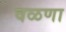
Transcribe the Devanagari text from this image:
वळणा